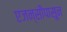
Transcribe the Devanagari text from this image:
एजन्सीपासून